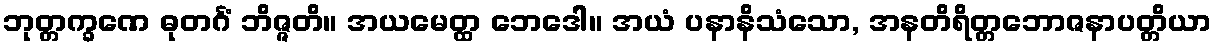
ဘုတ္တက္ခဏေ ဓုတင်္ဂံ ဘိဇ္ဇတိ။ အယမေတ္ထ ဘေဒေါ။ အယံ ပနာနိသံသော, အနတိရိတ္တဘောဇနာပတ္တိယာ